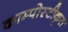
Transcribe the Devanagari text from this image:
काम्पोस्टीकृत